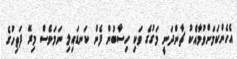
އެހެންކަމަށްވުމާއެކު ޗާންދަނީ މަގުގެ ވަކި ހިސާބުން ފެން ކަނޑައިލި ނަމަވެސް މިރޭ ފަތިހުގެ